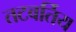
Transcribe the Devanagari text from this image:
तटवर्तिय